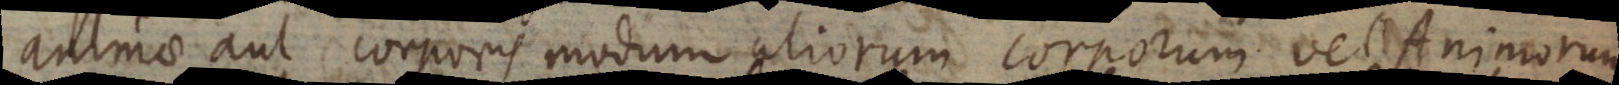
animae aut corporis modum aliorum corporum vel Animorum